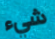
شيء